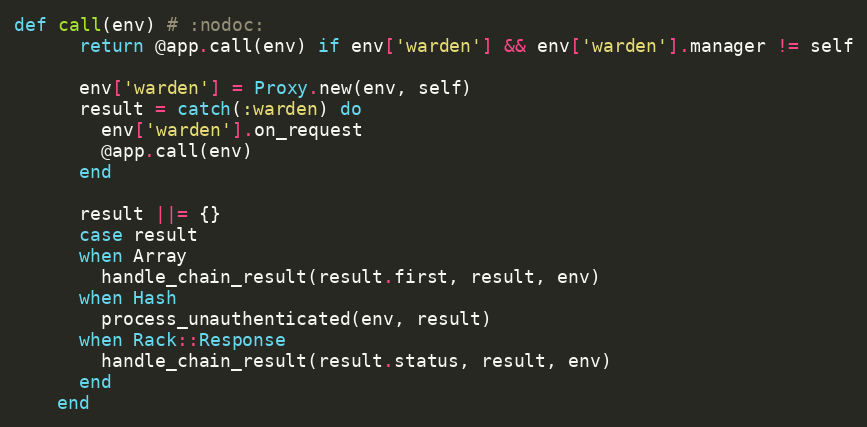
Language: Ruby
def call(env) # :nodoc:
      return @app.call(env) if env['warden'] && env['warden'].manager != self

      env['warden'] = Proxy.new(env, self)
      result = catch(:warden) do
        env['warden'].on_request
        @app.call(env)
      end

      result ||= {}
      case result
      when Array
        handle_chain_result(result.first, result, env)
      when Hash
        process_unauthenticated(env, result)
      when Rack::Response
        handle_chain_result(result.status, result, env)
      end
    end